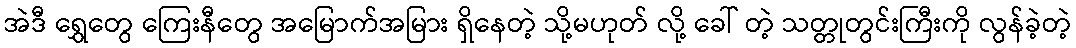
အဲဒီ ရွှေတွေ ကြေးနီတွေ အမြောက်အမြား ရှိနေတဲ့ သို့မဟုတ် လို့ ခေါ် တဲ့ သတ္တုတွင်းကြီးကို လွန်ခဲ့တဲ့